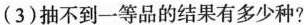
(3)抽不到一等品的结果有多少种?